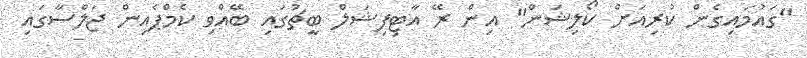
"ގަައުމައިގެން ކުރިއަށް ކޯލިޝަން" އިން ރޭ އާޓިފިޝަލް ބީޗުގައި ބޭއްވި ކެމްޕެއިން ޖަލްސާގައި